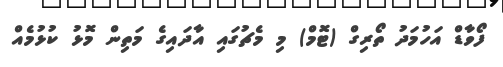
ފޯވާޑް އަހުމަދު ތޯރިގް (ޓޮމް) މި މެޗުގައި އާދައިގެ މަތިން މޮޅު ކުޅުމެއް